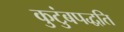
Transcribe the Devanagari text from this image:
कुटुंबपद्धति